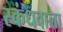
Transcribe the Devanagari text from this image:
स्कंधवाला